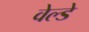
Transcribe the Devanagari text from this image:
वेल्डे